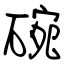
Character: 碗